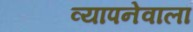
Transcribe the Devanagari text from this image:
व्यापनेवाला